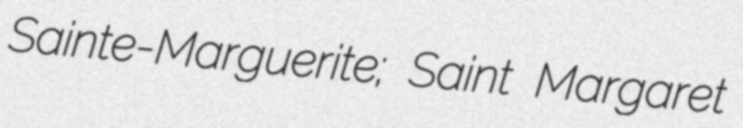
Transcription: Sainte-Marguerite; Saint Margaret